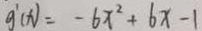
g ^ { \prime } ( x ) = - 6 x ^ { 2 } + 6 x - 1